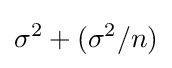
\sigma ^{2}+(\sigma ^{2}/n)